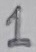
Text: 1